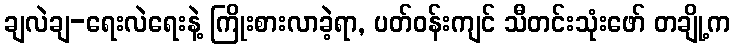
ချလဲချ-ရေးလဲရေးနဲ့ ကြိုးစားလာခဲ့ရာ, ပတ်ဝန်းကျင် သီတင်းသုံးဖော် တချို့က